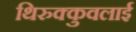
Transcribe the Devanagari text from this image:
थिरुक्कुवलाई